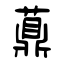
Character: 薡